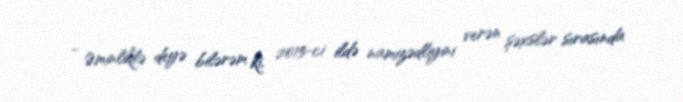
- Əminliklə deyə bilərəm ki, 2015-ci ildə namizədliyini verən şəxslər sırasında